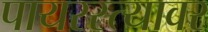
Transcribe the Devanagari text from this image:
पायरस्त्यावर